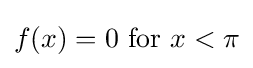
f(x)=0{\text{ for }}x<\pi